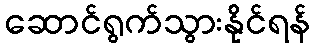
ဆောင်ရွက်သွားနိုင်ရန်